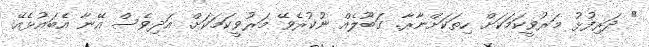
" ދަރިފުޅު މަރުވީކަމަކަށް ހިތަކަށްނާރާ. ގަބޫލެއް ނުކުރެވޭ މަރުވީކަމަކަށް. އަދިވެސް އޭނާ އެބައުޅެއޭ